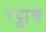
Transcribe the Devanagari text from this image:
रट्ठांचे